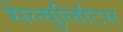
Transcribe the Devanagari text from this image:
सेल्युलिटिस